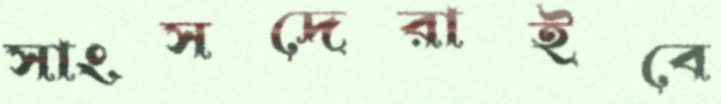
সাংসদেরাইবে